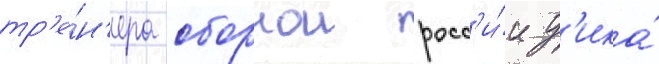
тр'е́н'ера сборнои росс'и́и д'ика́